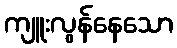
ကျူးလွန်နေသော